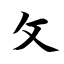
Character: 攵